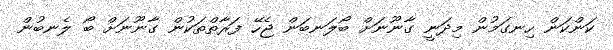
ކަންކަން ހިނގަމުން މިދަނީ ގާނޫނަށް ބޯލަނބަން ޖެހޭ ފަރާތްތަކުން ގާނޫނަށް ބޯ ލެނބުން